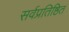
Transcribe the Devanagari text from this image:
सर्वप्रतिष्ठित